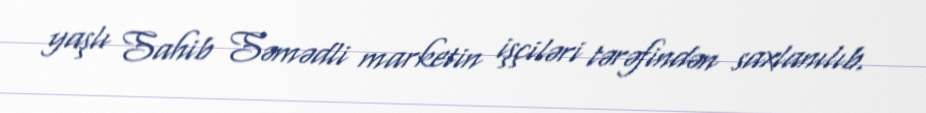
yaşlı Sahib Səmədli marketin işçiləri tərəfindən saxlanılıb.